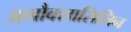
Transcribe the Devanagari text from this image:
अमौक्सासिलिन